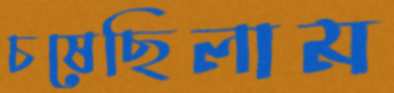
চষেছিলাম